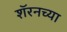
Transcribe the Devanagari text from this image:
शॅरनच्या